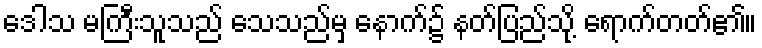
ဒေါသ မကြီးသူသည် သေသည်မှ နောက်၌ နတ်ပြည်သို့ ရောက်တတ်၏။